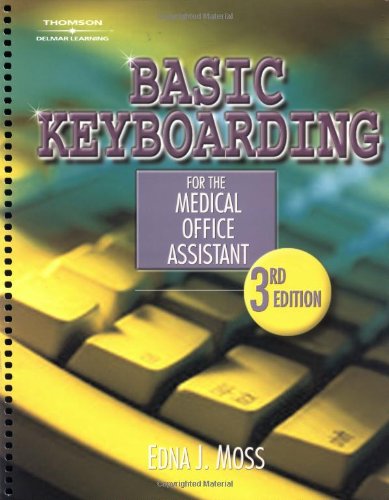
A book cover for Basic Keyboarding for the Medical Office Assistant; Edna Jean Moss; Medical Books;